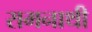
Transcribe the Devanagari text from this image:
रामनाथी